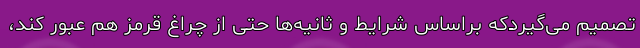
تصمیم می‌گیردکه براساس شرایط و ثانیه‌ها حتی از چراغ قرمز هم عبور کند،